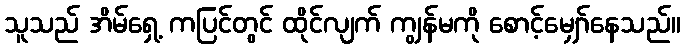
သူသည် အိမ်ရှေ့ ကပြင်တွင် ထိုင်လျက် ကျွန်မကို စောင့်မျှော်နေသည်။